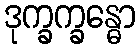
ဒုက္ခက္ခန္ဓော